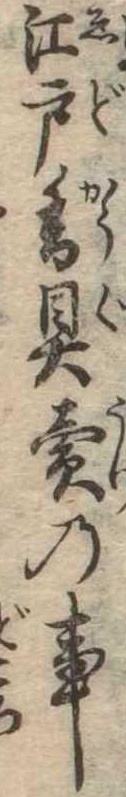
江戸香具売の事